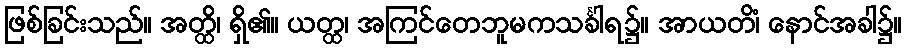
ဖြစ်ခြင်းသည်။ အတ္ထိ၊ ရှိ၏။ ယတ္ထ၊ အကြင်တေဘူမကသင်္ခါရ၌။ အာယတိံ၊ နောင်အခါ၌။